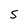
Character: S